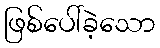
ဖြစ်ပေါ်ခဲ့သော